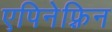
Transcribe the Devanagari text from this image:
एपिनेफ़्रिन